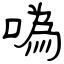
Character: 噅